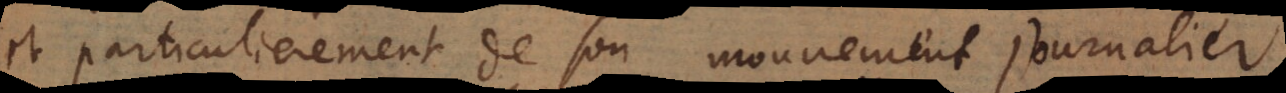
et particulierement de son mouvement journalier